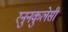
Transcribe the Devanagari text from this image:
रनुनकुलेसी